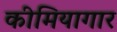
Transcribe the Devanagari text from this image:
कीमियागार